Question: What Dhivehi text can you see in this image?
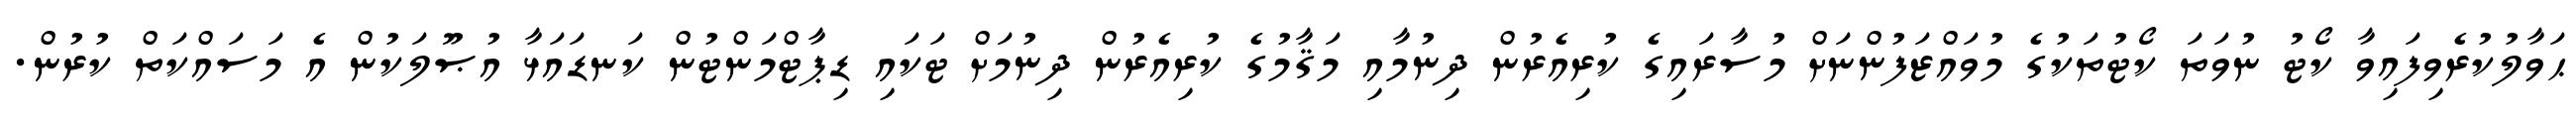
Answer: ޙަވާލުކުރެވިފައިވާ ކޯޓު ނުވަތަ ކޯޓުތަކުގެ މުވައްޒަފުންނަށް މުސާރައިގެ ކުރިއެރުން ދިނުމާއި މަޤާމުގެ ކުރިއެރުން ދިނުމަށް ޓަކައި ޑިޕާޓްމަންޓުން ކަނޑައަޅާ އުޞޫލަކުން އެ މަސައްކަތް ކުރުން.